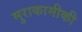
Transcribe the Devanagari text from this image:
मुराकामीकी